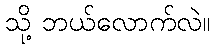
သို့ ဘယ်လောက်လဲ။